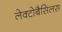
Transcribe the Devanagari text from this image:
लेक्टोबैसिलस